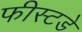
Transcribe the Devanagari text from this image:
फीस्टडे